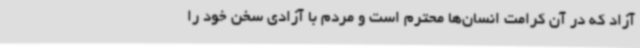
آزاد که در آن کرامت انسان‌ها محترم است و مردم با آزادی سخن خود را